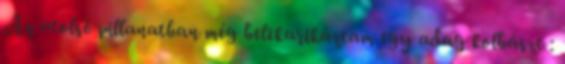
Az utolsó pillanatban még belekarikáztam egy adag kolbászt :